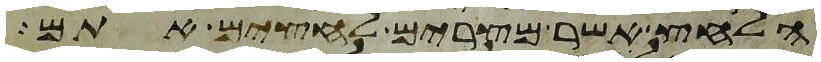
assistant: הלחץ אשר מצרים לחצים אתם